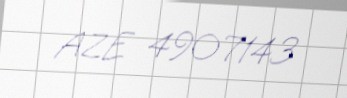
AZE 4907143